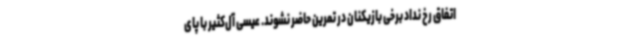
اتفاق رخ نداد برخی بازیکنان در تمرین حاضر نشوند. عیسی آل‌کثیر با پای